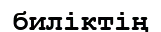
биліктің